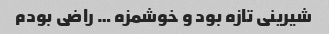
شیرینی تازه بود و خوشمزه … راضی بودم